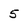
Character: 5